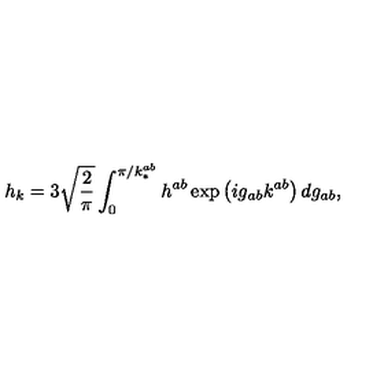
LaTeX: h _ { k } = 3 \sqrt { \frac { 2 } { \pi } } \int _ { 0 } ^ { \pi / k _ { * } ^ { a b } } h ^ { a b } \exp \left( i g _ { a b } k ^ { a b } \right) d g _ { a b } ,